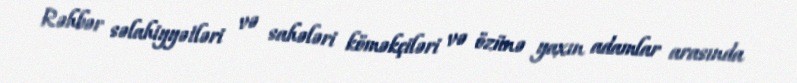
Rəhbər səlahiyyətləri və sahələri köməkçiləri və özünə yaxın adamlar arasında